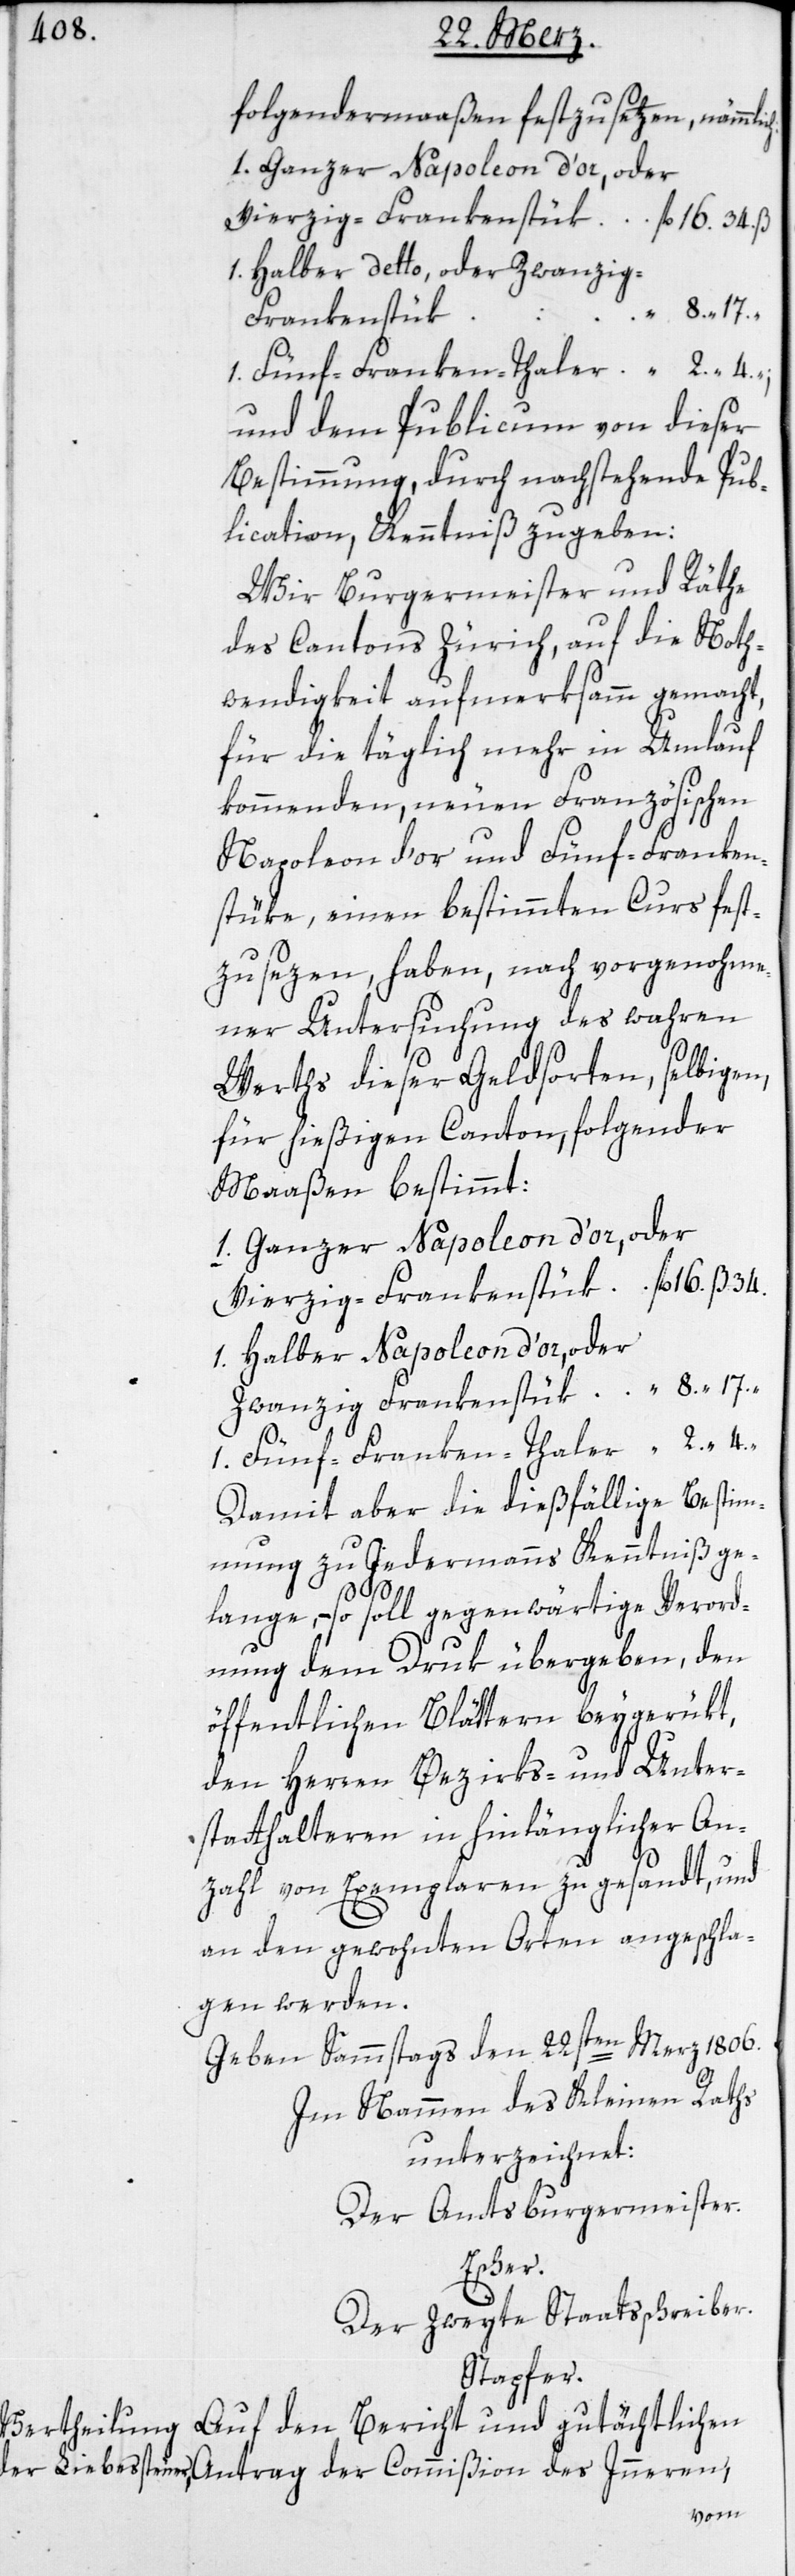
folgendermaaßen festzusetzen, nämmlic¬
1. Halber detto, oder Zwanzig-F¬
8.
Frankenstük
und dem Publicum von dieser
Bestimmung, durch nachstehende Pub¬
lication, Kenntniß zugeben:
Wir Burgermeister und Räthe
des Cantons Zürich, auf die Noth¬
wendigkeit aufmerksamm gemacht,
für die täglich mehr in Umlauf
kommenden neuen Französischen
Napoleon d’or und Fünf-Franken¬
stüke, einen bestimmten Curs fest¬
zusezen haben, nach vorgenohme¬
ner Untersuchung des wahren
Werths dieser Geldsorten, selbigen,
für hießigen Canton, folgender
Maaßen bestimmt:
1. Ganzer Napoleon d’or, oder
1. Halber Napleon d’or, oder
1. Fünf-Franken-Thaler
Damit aber die dießfällige Bestim¬
mung zu Jedermanns Kenntniß ge¬
4.
lange, – so soll gegenwärtige Verord¬
nung dem Druk übergeben, den
öffentlichen Blättern beygerükt,
den Herren Bezirks- und Unter¬
statthalteren in hinlänglicher An¬
zahl von Exemplaren zugesandt, und
an den gewohnten Orten angeschla¬
gen werden.
Geben Sammstags den 22sten Merz 1806.
Im Nammen des Kleinen Raths
unterzeichnet:
Der Amtsburgermeister.
Escher.
Der zweyte Staatsschreiber.
Stapfer.